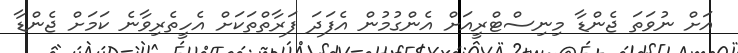
އަށް ނުވަތަ ޖެންޑާ މިނިސްޓްރީއަށް އެންގުމުން އެފަދަ ފަރާތްތަކަށް އެހީތެރިވާނެ ކަމަށް ޖެންޑާ